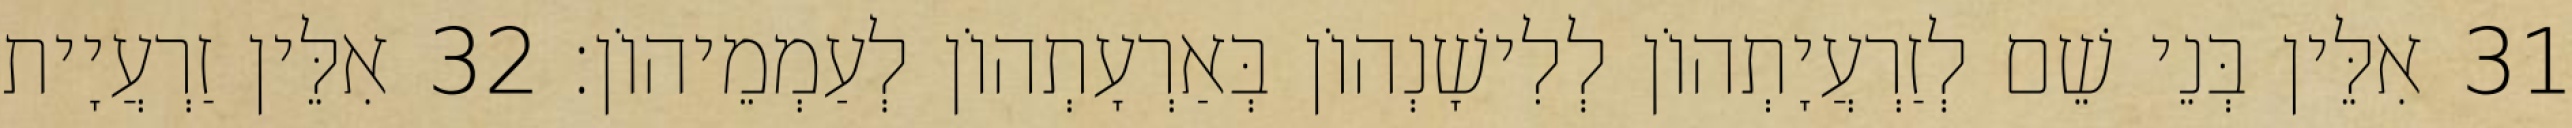
31 אִלֵּין בְּנֵי שֵׁם לְזַרְעֲיָתְהוֹן לְלִישָׁנְהוֹן בְּאַרְעָתְהוֹן לְעַמְמֵיהוֹן׃ 32 אִלֵּין זַרְעֲיָית